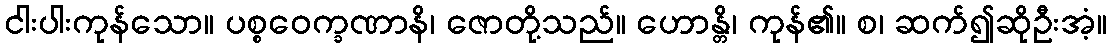
ငါးပါးကုန်သော။ ပစ္စဝေက္ခဏာနိ၊ ဇောတို့သည်။ ဟောန္တိ၊ ကုန်၏။ စ၊ ဆက်၍ဆိုဦးအံ့။